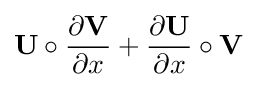
\mathbf {U} \circ {\frac {\partial \mathbf {V} }{\partial x}}+{\frac {\partial \mathbf {U} }{\partial x}}\circ \mathbf {V}